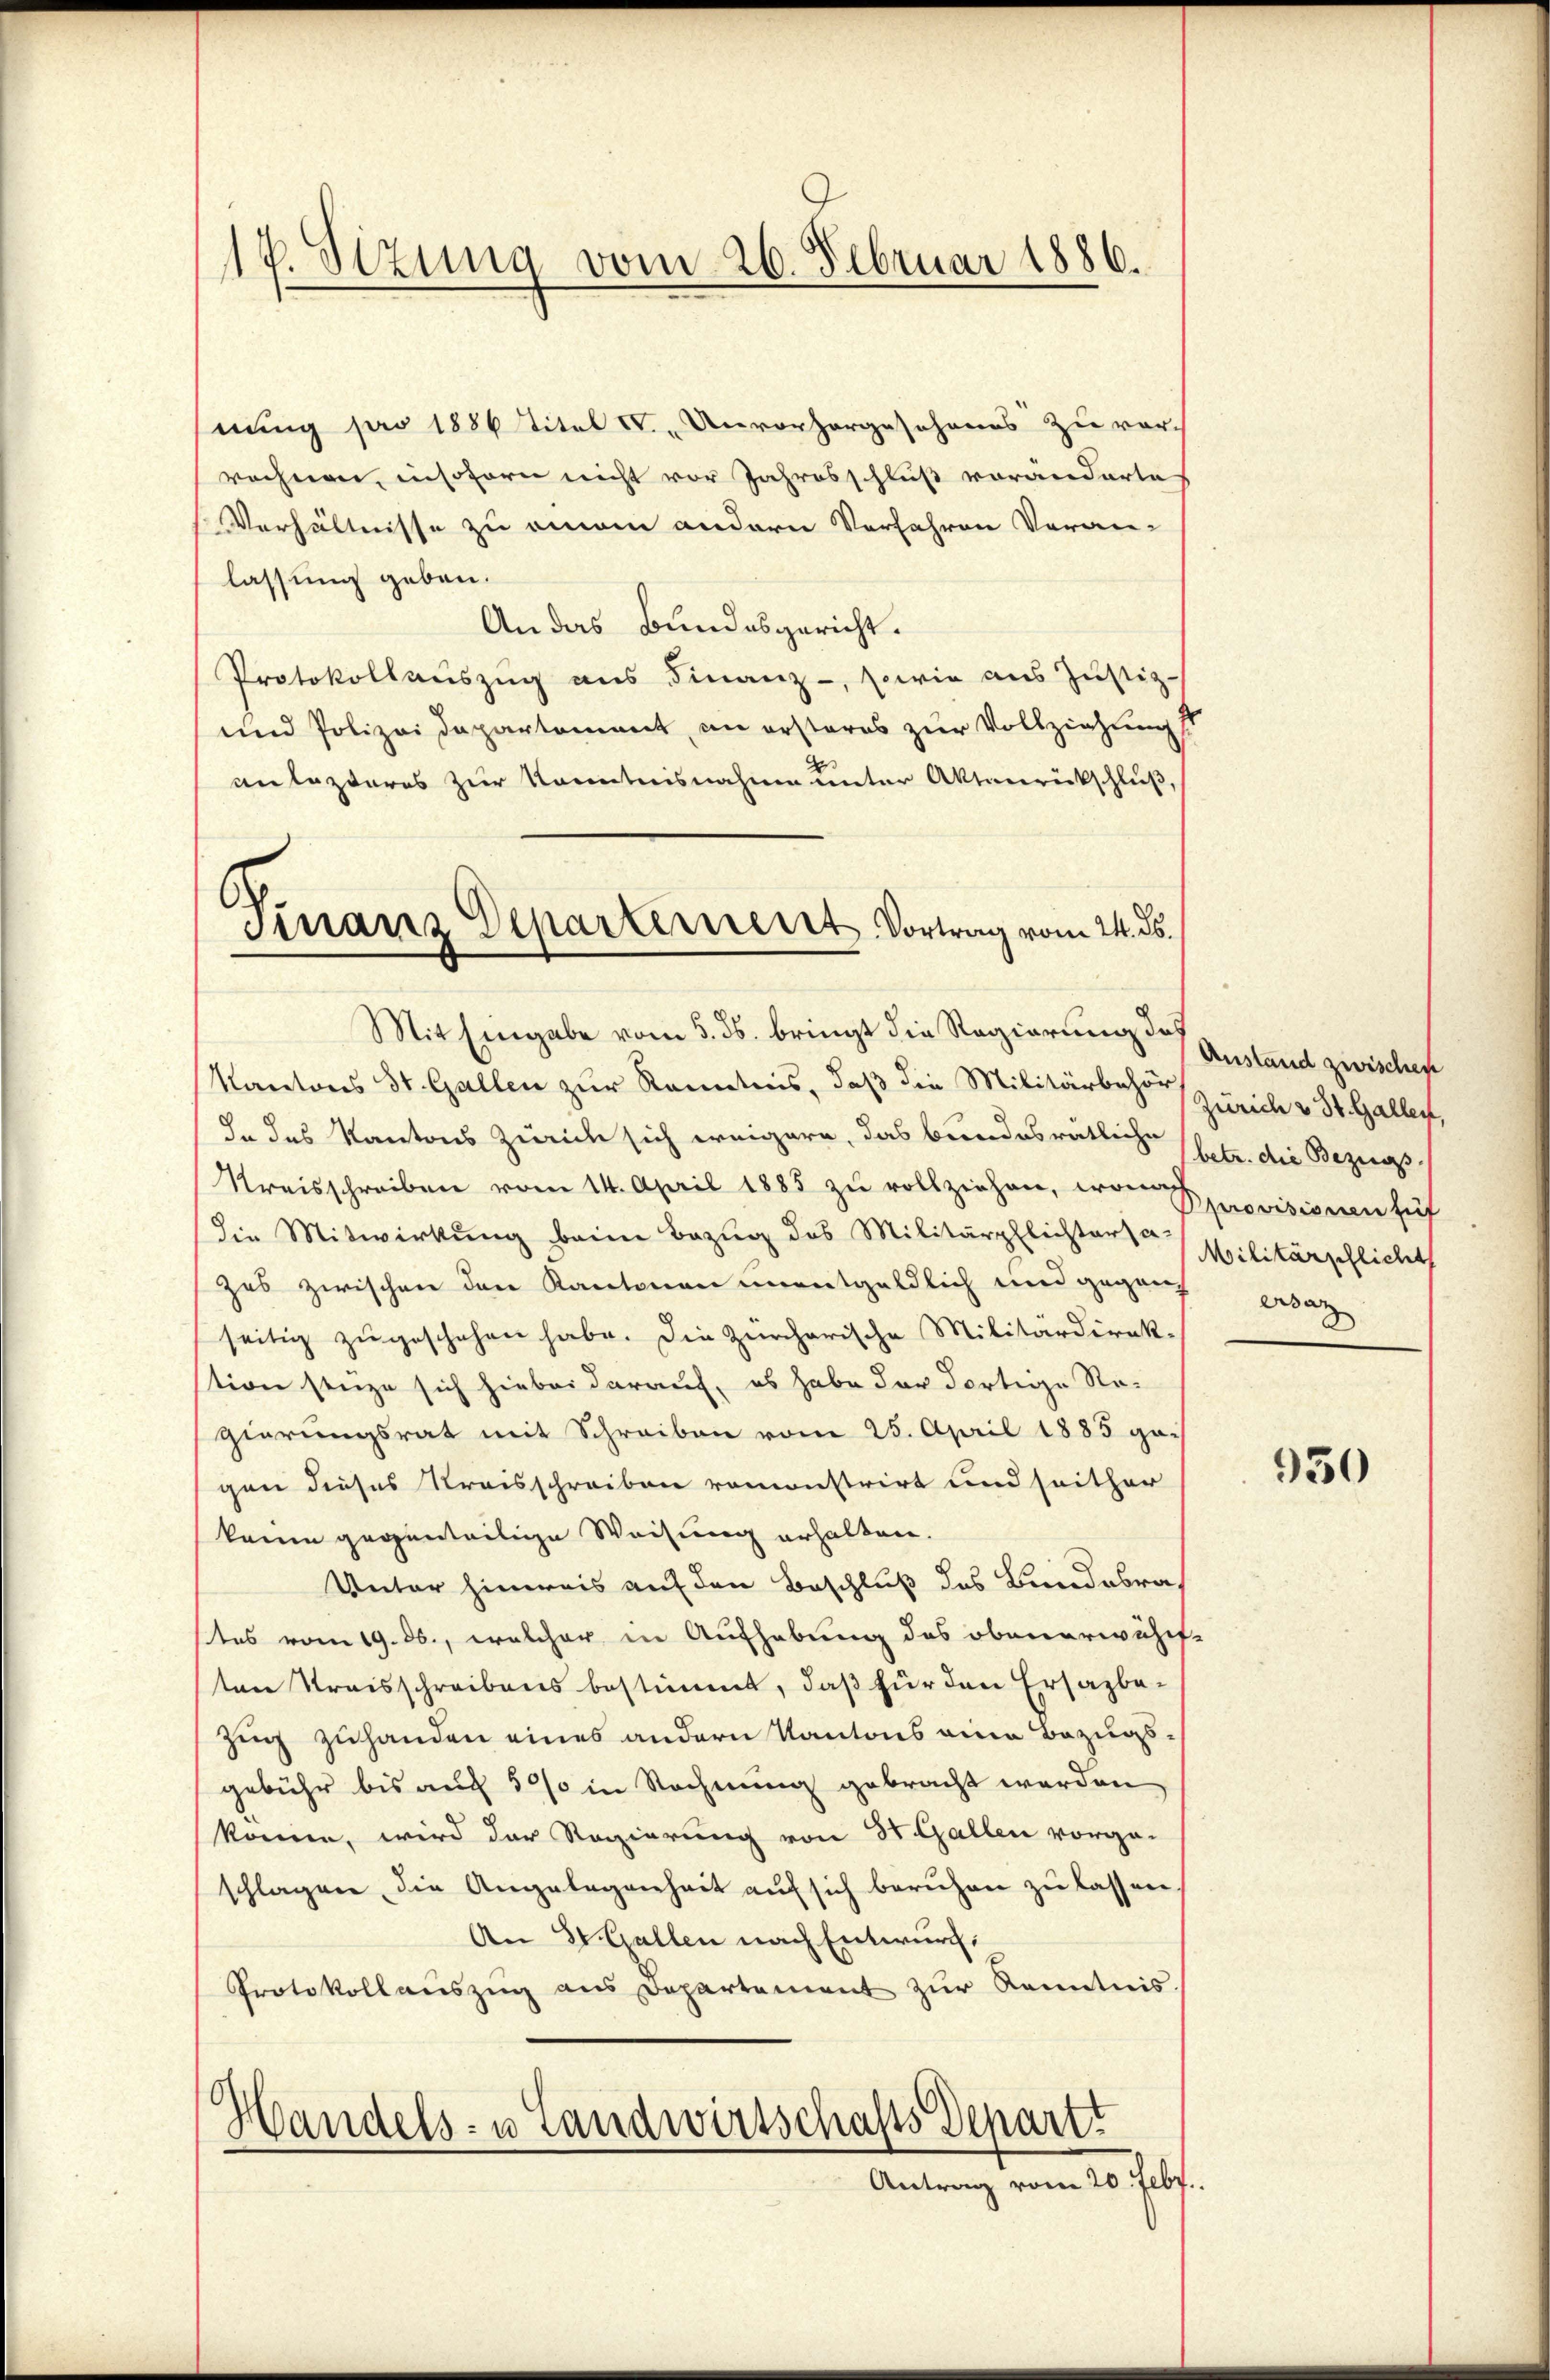
nung pro 1886 Titel I. Unvorhergeschens zu vorrechnen, insofern nicht vor Jahresschluß vorandarte
Verhältnisse zu einem andern Verfahren Veran-
lassung geben.
An das Bundesgericht.
Protokollauszug aus Finanz-, sowie aus Justiz-
und Polizei Departement, in ersteres zur Vollziehung st
anlasteres zur Kenntnisnahme unter Aktenrückschluß,
Finanz Departement Vortrag vom 24. ds.

1 P. Sizung vom 26. Februar 1886.

Mit Eingabe vom 5. ds. bringt die Regierung der Zustand zwischehe
Kantons St. Gallen zur Kenntnis, daß die Militärbehören Zürich v. St. Gallen,
In des Kantons Zürich sich weigern, das bundesrätliche betr. die Bezugs¬
Kreisschreiben vom 14. April 1885 zu vollziehen, wonach
die Mitwirkung beim Bezug des Militärpflichtersa-
zes zwischen den Kantonen unentgeldlich und gegen
seitig zugeschehen habe. Die Zürcherische Militärdirek-
tion senze sich hiebei darauf, es habe der dortige Re-
gierungsrat mit Schreiben vom 25. April 1883 gegen dieses Kreisschreiben remonstrirt und seither
kaum gegenteilige Weisung erhalten.
Unter hinweis auf den Beschluß des Bundesrastes vom 19. ds., welcher in Aufhebung des obenerwähnt
ten Kreisschreibens bestimmt, daß für den Ersazbe¬
Zug zuhanden eines andern Kantons eine Bezugsgebühr bis auch 500 in Rechnung gebracht werden
könne, wird der Regierung von St. Gallen vorgeschlagen die Angelegenheit auf sich beruhen zu lassen
An St. Gallen nach Entwurf:
Protokollauszug aus Departement zur Kenntnis
Handels- u Landwirtschafts Depart
Antrag vom 20. Febr.

Sprovisionen zuf
Militärschlicht
ersag

950